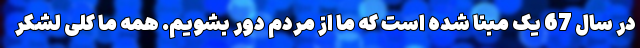
در سال 67 یک مبنا شده است که ما از مردم دور بشویم. همه ما کلی لشکر